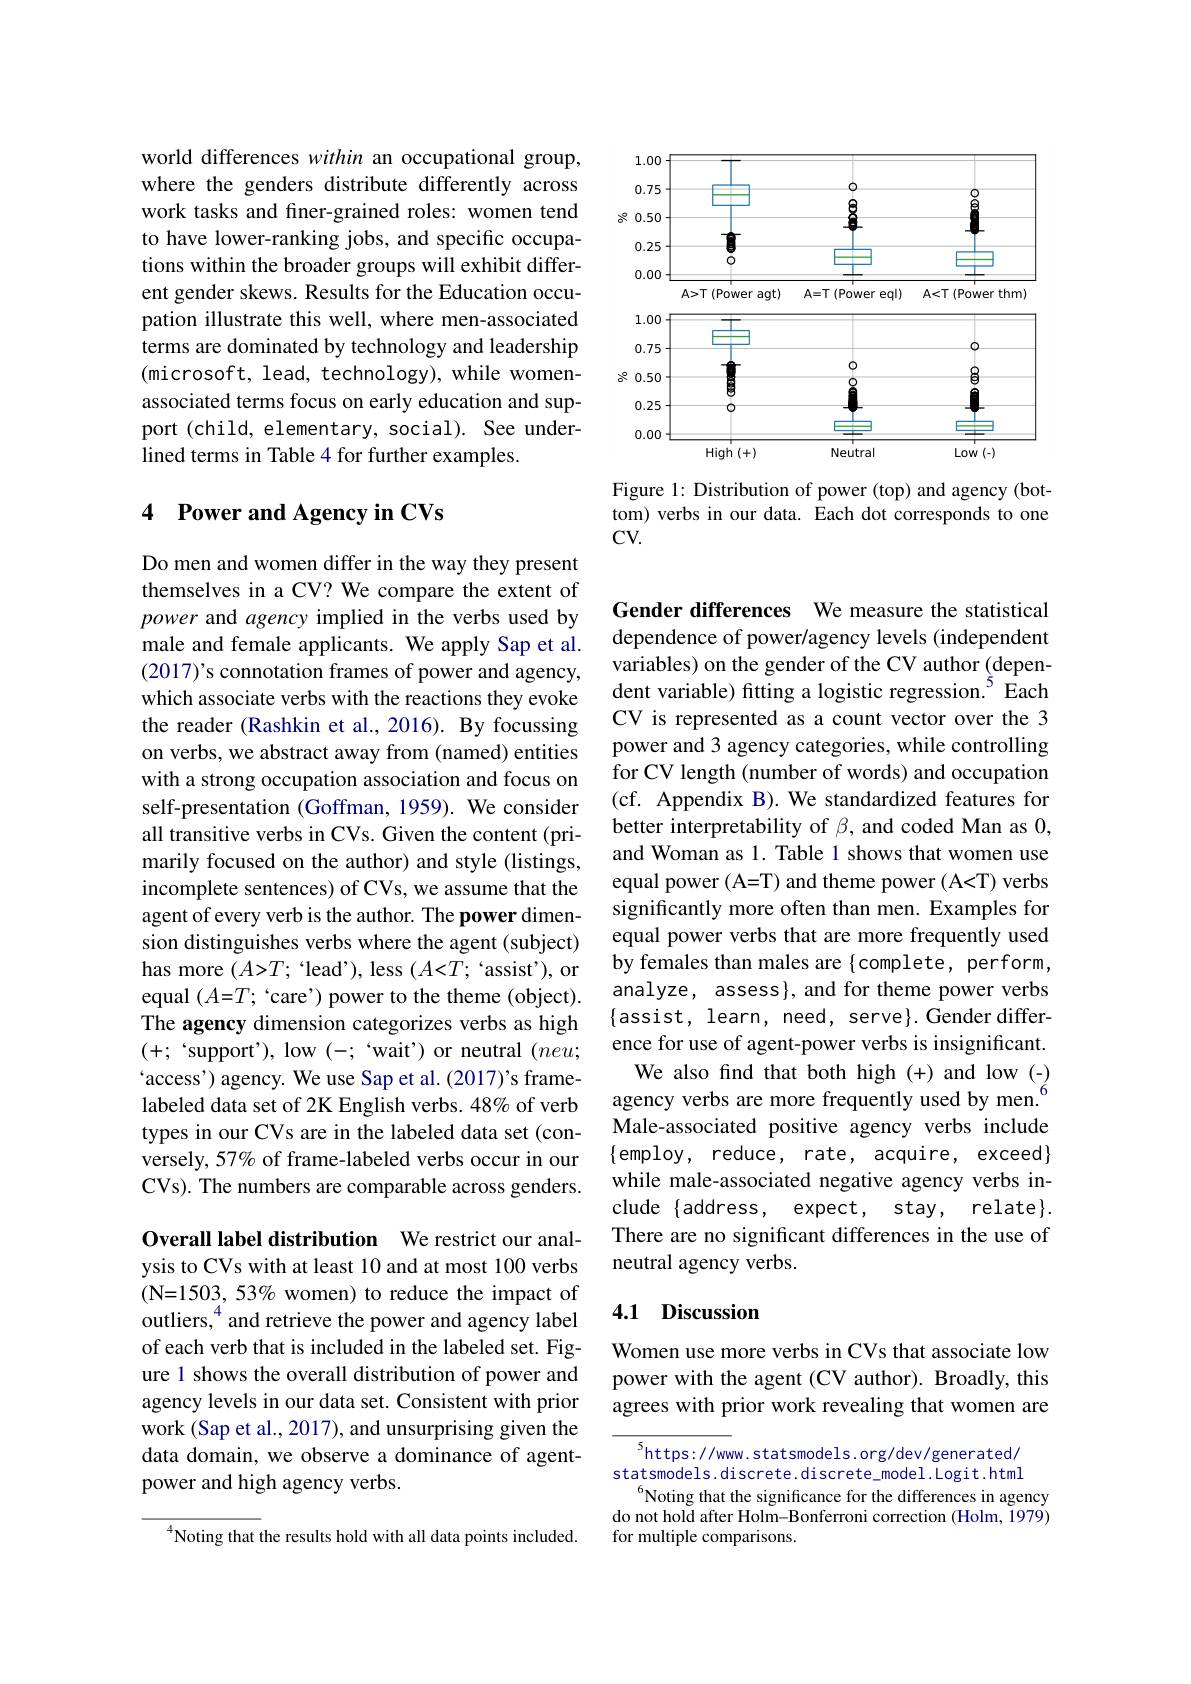
world differences within an occupational group, where the genders distribute differently across work tasks and finer-grained roles: women tend to have lower-ranking jobs, and specific occupations within the broader groups will exhibit different gender skews. Results for the Education occupation illustrate this well, where men-associated terms are dominated by technology and leadership (microsoft, lead, technology), while womenassociated terms focus on early education and support (child, elementary, social). See underlined terms in Table 4 for further examples.

### 4 $\textbf{Power and Agency in CVs}$

Do men and women differ in the way they present themselves in a CV? We compare the extent of power and agency implied in the verbs used by male and female applicants. We apply Sap et al. (2017)'s connotation frames of power and agency, which associate verbs with the reactions they evoke the reader (Rashkin et al., 2016). By focussing on verbs, we abstract away from (named) entities with a strong occupation association and focus on self-presentation (Goffman, 1959). We consider all transitive verbs in CVs. Given the content (primarily focused on the author) and style (listings, incomplete sentences) of CVs, we assume that the agent of every verb is the author. The power dimension distinguishes verbs where the agent (subject) has more $(A{>}T;$ 'lead'), less $(A{<}T;$ 'assist'), or equal $(A{=}T;$ 'care') power to the theme (object). The agency dimension categorizes verbs as high (+; 'support'), low (-; 'wait') or neutral $(neu;$ access') agency. We use Sap et al.(2017)'s frame- We also find that both high(+) and low (-)labeled data set of 2K English verbs. 48% of verb agency verbs are more frequently used by men.$^{6}$
labeled data set of 2K English verbs. 48% of verb types in our CVs are in the labeled data set (conversely, 57% of frame-labeled verbs occur in our CVs). The numbers are comparable across genders.

Overall label distribution We restrict our analysis to CVs with at least 10 and at most 100 verbs (N=1503, 53% women) to reduce the impact of outliers,$^{4}$ and retrieve the power and agency label of each verb that is included in the labeled set. Figure 1 shows the overall distribution of power and agency levels in our data set. Consistent with prior work (Sap et al., 2017), and unsurprising given the data domain, we observe a dominance of agentpower and high agency verbs.

$^{4}$Noting that the results hold with all data points included.

<FigureHere>

Figure 1: Distribution of power (top) and agency (bottom) verbs in our data. Each dot corresponds to one CV.

Gender differences We measure the statistical dependence of power/agency levels (independent variables) on the gender of the CV author (dependent variable) fitting a logistic regression.$^{5}$ Each CV is represented as a count vector over the 3 power and 3 agency categories, while controlling for CV length (number of words) and occupation (cf. Appendix B). We standardized features for better interpretability of $\beta$, and coded Man as 0, and Woman as 1. Table 1 shows that women use equal power (A=T) and theme power (A<T) verbs significantly more often than men. Examples for equal power verbs that are more frequently used by females than males are {complete, perform, analyze, assess}, and for theme power verbs $\{$assist, learn, need, serve}.Gender difference for use of agent-power verbs is insignificant. Male-associated positive agency verbs include $\{$employ, reduce, rate, acquire, exceed$\}$ while male-associated negative agency verbs include {address, expect, stay, relate}. There are no significant differences in the use of neutral agency verbs.

### 4.1 Discussion

Women use more verbs in CVs that associate low power with the agent (CV author). Broadly, this agrees with prior work revealing that women are

$^{5}$https://www.statsmodels.org/dev/generated/ statsmodels.discrete.discrete_model.Logit.html
$^{6}$Noting that the significance for the differences in agency $\bar{\text{do not hold after Holm-Bonferroni correction (Holm, 1979)}}$ for multiple comparisons.